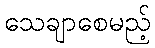
သေချာစေမည့်